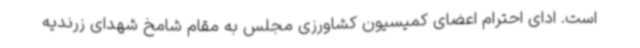
است. ادای احترام اعضای کمیسیون کشاورزی مجلس به مقام شامخ شهدای زرندیه